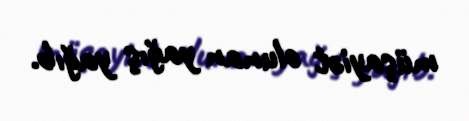
müşayiət olunan yağış yağıb.